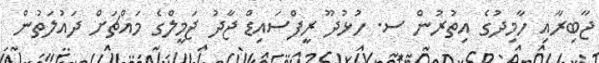
ޖާބިރާއި ހާމިދުގެ އިތުރުން ސ. ހުޅުދޫ ރީފްސައިޑް ޖާދު ޖަމީލްގެ މައްޗަށް ދައުލަތުން